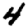
Digit: 4